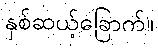
နှစ်ဆယ့်ခြောက်။